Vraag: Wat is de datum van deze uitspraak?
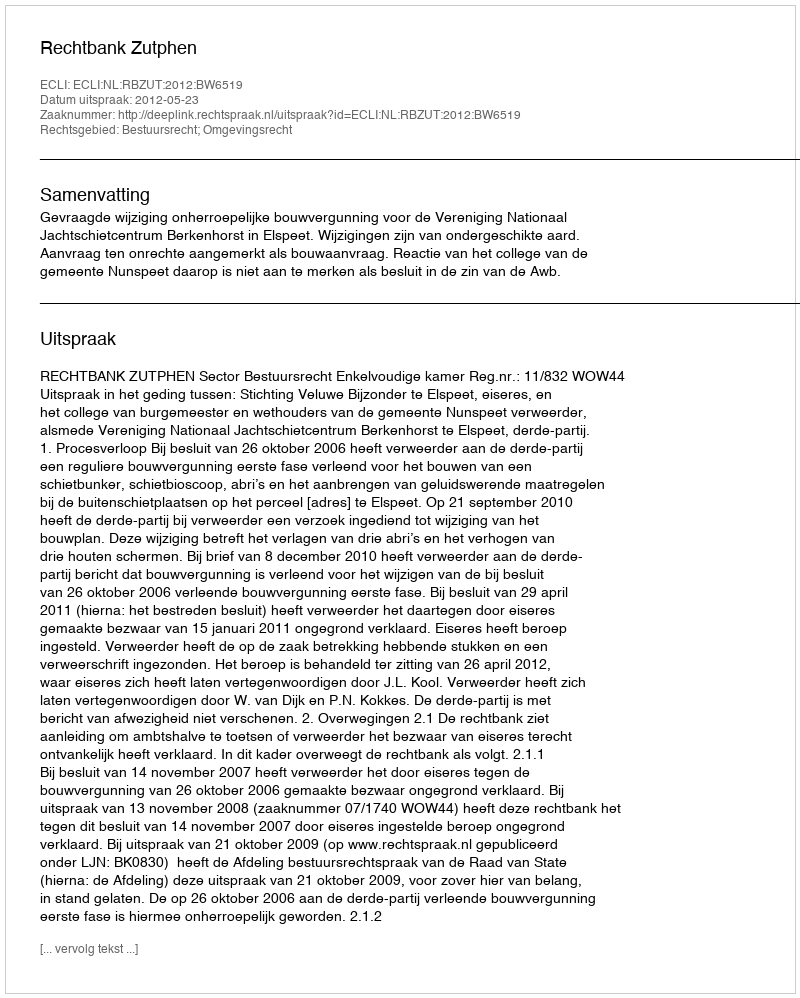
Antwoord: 2012-05-23